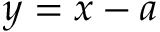
y = x - a